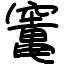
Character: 竃